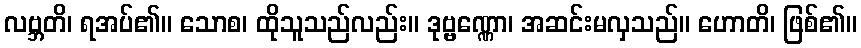
လဗ္ဘတိ၊ ရအပ်၏။ သောစ၊ ထိုသူသည်လည်း။ ဒုဗ္ဗဏ္ဏော၊ အဆင်းမလှသည်။ ဟောတိ၊ ဖြစ်၏။